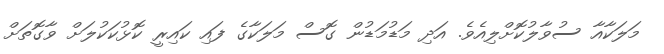
މަލަކާއާ ސުވާލުކޮށްލިއެވެ. އަދި މަޑުމަޑުން ގޮސް މަލަކާގެ ފައި ކައިރީ ކޮޅުކަކުލަށް ވާގޮތަށް